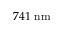
7 4 1 ~ \mathrm { n m }